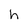
Character: h